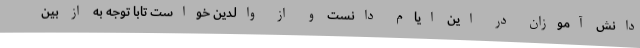
دانش آموزان در این ایام دانست و از والدین خواست تابا توجه به از بین